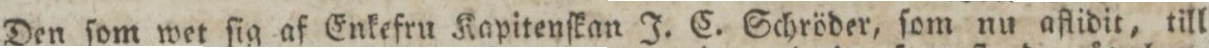
Den ſom wet ſig af Enkefru Kapitenſkan J. C. Schröder, ſom nu aflidit, till